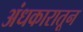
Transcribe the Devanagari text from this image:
अंधकारातून